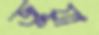
জুয়া